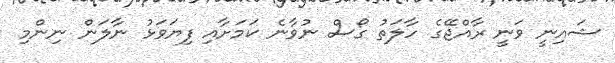
ޝައިނީ ވަނީ ރާއްޖޭގެ ހާލަތު ގޯސް ނުވާނެ ކަމަށާއި ފިޔަވަޅު ނާލަން ނިންމި